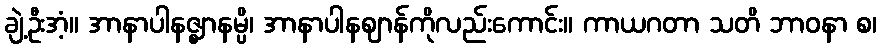
ချဲ့ဦးအံ့။ အာနာပါနဇ္ဈာနမ္ပိ၊ အာနာပါနဈာန်ကိုလည်းကောင်း။ ကာယဂတာ သတိ ဘာဝနာ စ၊